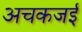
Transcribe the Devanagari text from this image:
अचकजई